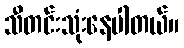
သီတင်းသုံးနေပါတယ်။